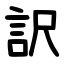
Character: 訳